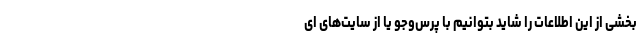
بخشی از این اطلاعات را شاید بتوانیم با پُرس‌وجو یا از سایت‌های ای